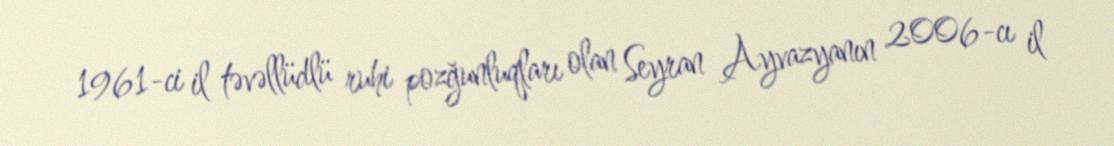
1961-ci il təvəllüdlü ruhi pozğunluqları olan Seyran Ayvazyanın 2006-cı il